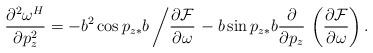
LaTeX: \begin{align*}\frac{\partial^2 \omega^H}{\partial p_z^2} = -b^2\cos p_{z*}b \left/ \frac{\partial\mathcal{F}}{\partial \omega} \right. - b\sin p_{z*}b \frac{\partial }{\partial p_z} \, \left(\frac{\partial \mathcal{F}}{\partial \omega} \right).\end{align*}